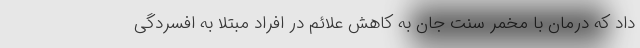
داد که درمان با مخمر سنت جان به کاهش علائم در افراد مبتلا به افسردگی